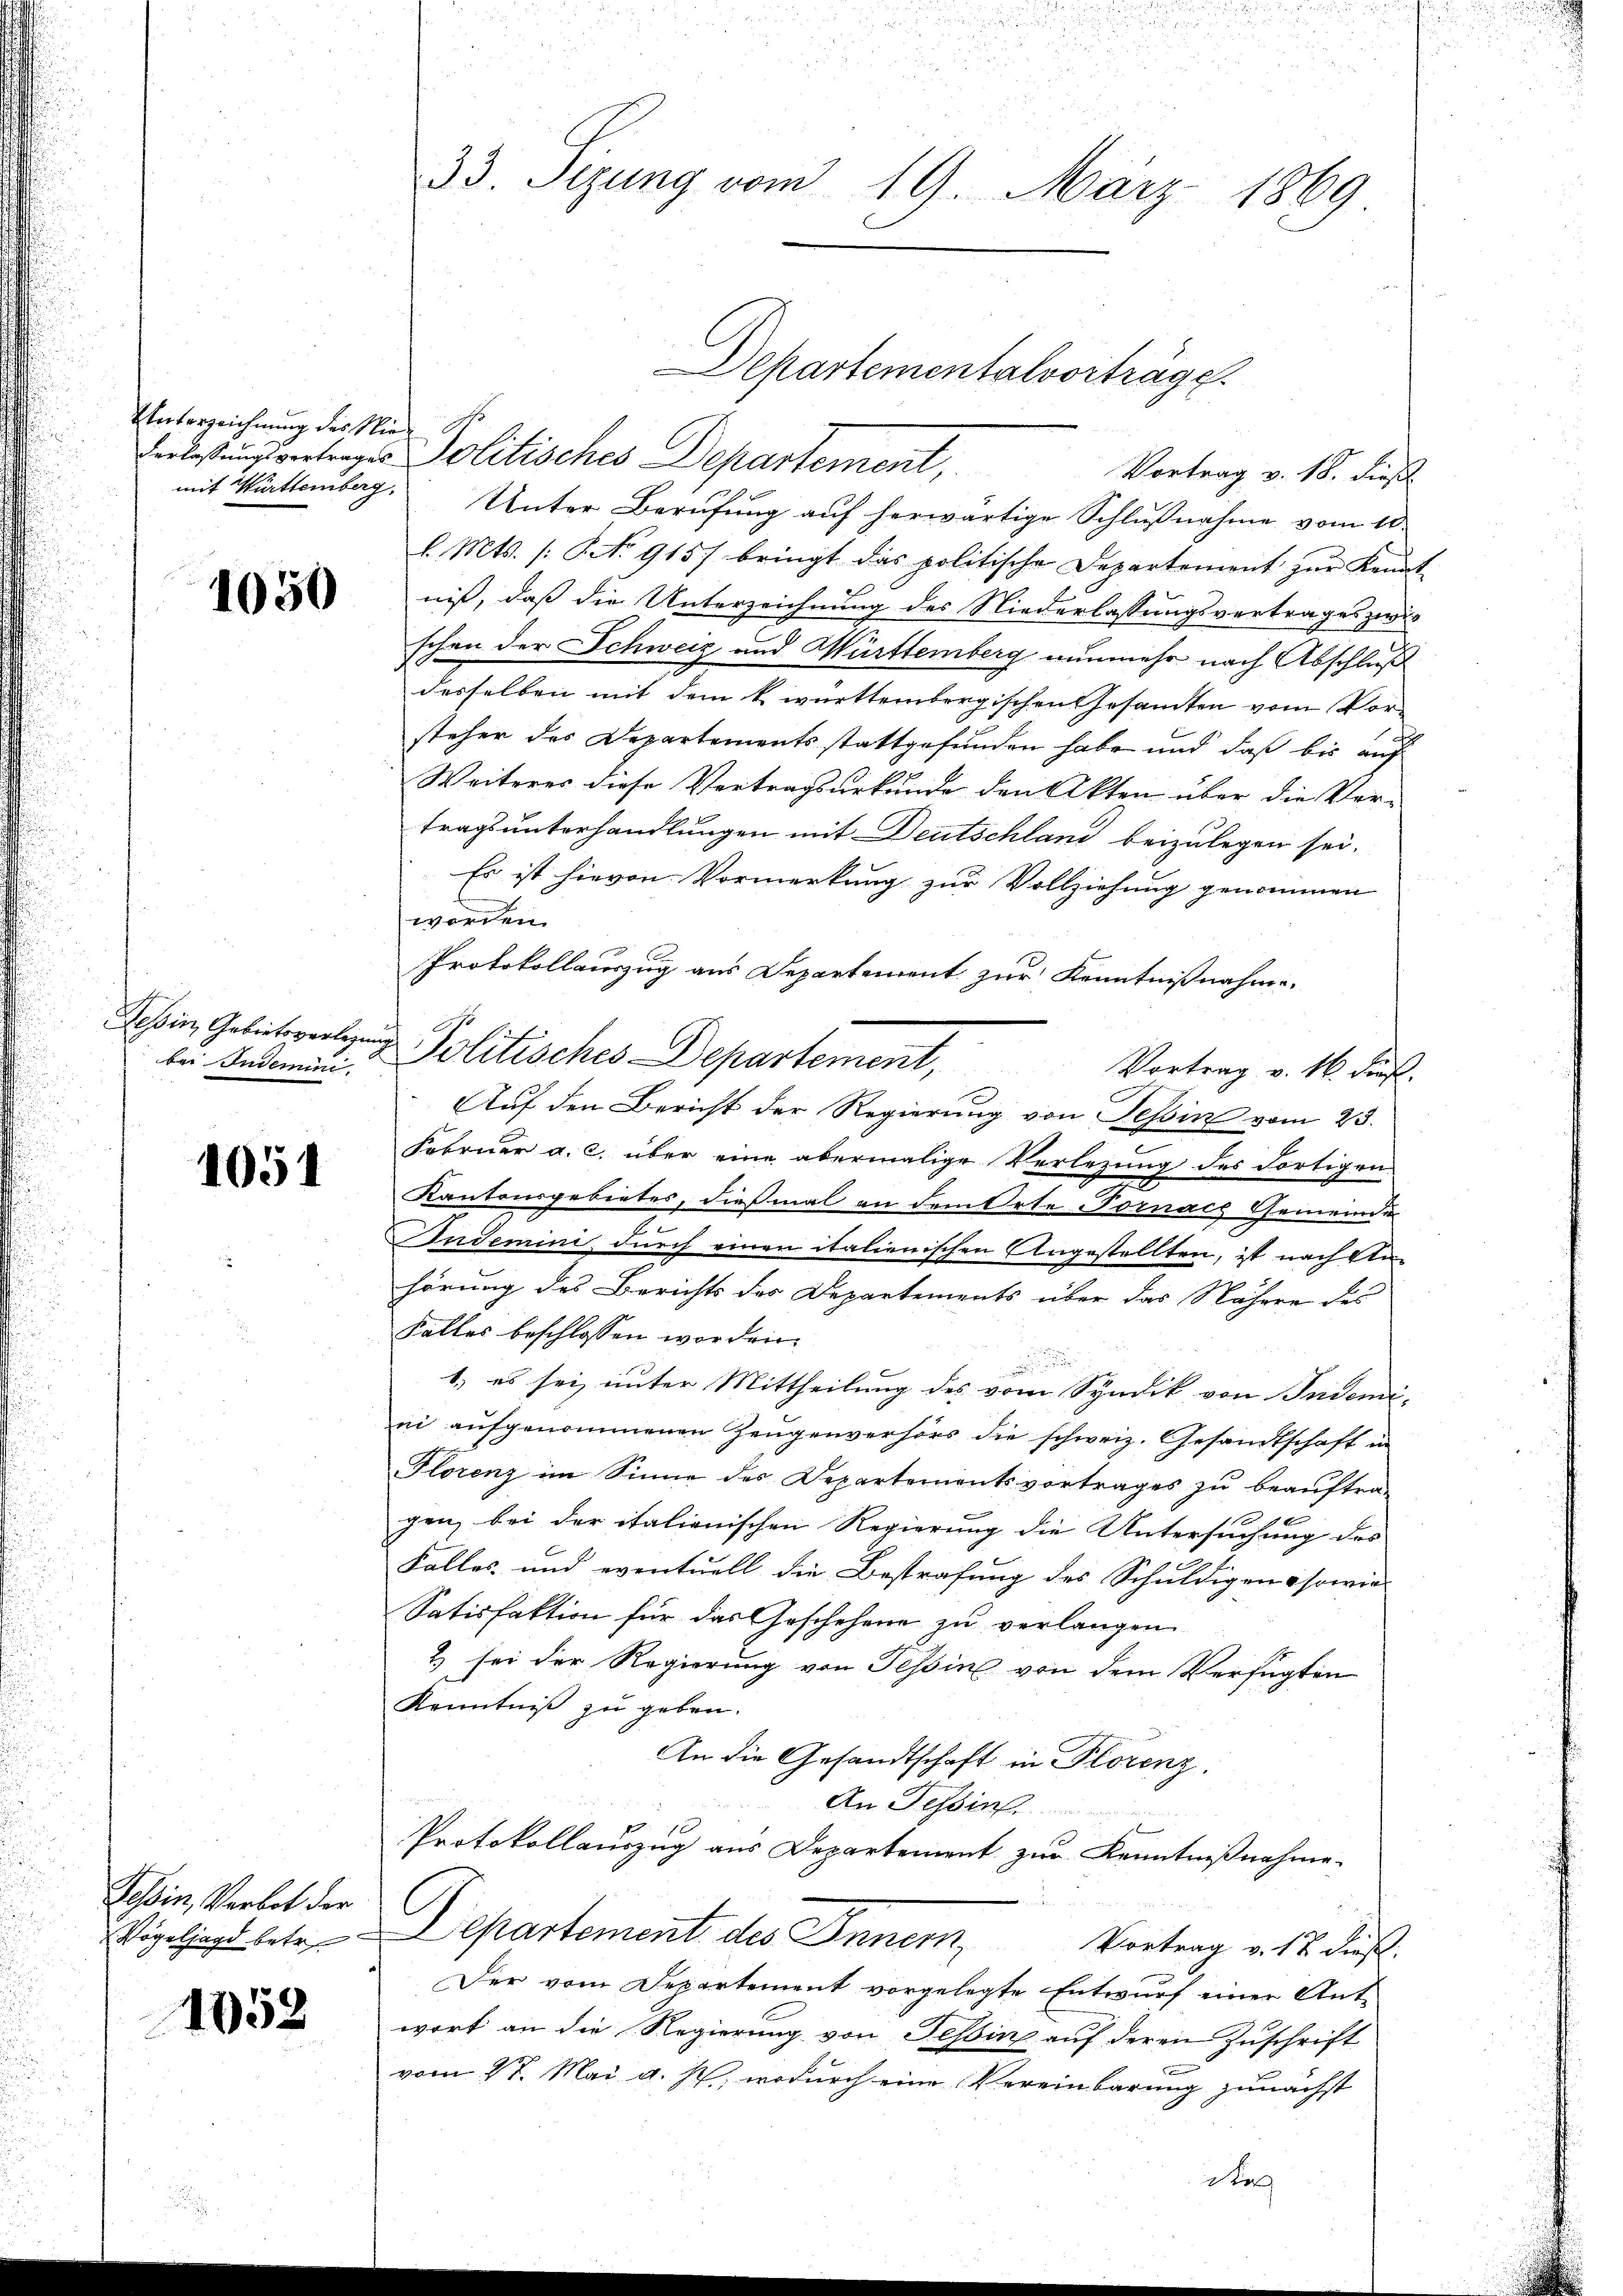
Unterzeichnung des Nie¬

1050

bei Indemini

1051

Tessin, Verbot der
Vögeljagd betr.

1052

33. Sezung vom 19. März 1869

Departementalvorträge.

Verlesungsvertrages Politisches Departement,
mit Württemberg. Unter Berufung auf herwärtige Schlußnahme vom 10.
l. Mts. /: No 9157 bringt das politische Departement zŭr Kennt
niß, daß die Unterzeichnung des Niederlassungsvertrages zwis
schen der Schweiz und Württemberg nunmehr nach Abschluß
desselben mit dem k. württembergischen Gesamten vom Vor¬
.
steher des Departementsstattgefunden habe und daß bis auf
Weiteres diese Vertragsurkunde den Akten über die Ver-
tragsunterhandlungen mit Deutschland beizulegen sei.
Es ist hievon Vormerkung zur Vollziehung genommen
worden.
Protokollauszug aus Departement zur Kenntnißnahme.
Vortrag v. 16. dieß.
Auf den Bericht der Regierung von Tessin vom 23.
Februar a. c. über eine abermalige Verlegung des Fortigen
Kantonsgebietes, dießmal an dem Orte Fornach Gemeinde
x
ndemini durch einen italienischen Angestellten, ist nach Unhörung des Berichts des Departements über das Nähere des
Falles beschlossen worden.
.

1.) es sei unter Mittheilung des vom Syndik von Indemi-
ei aufgenommenen Zeugenverhörs die schweiz. Gesandtschaft in
Florenz im Sinne des Departementsvortrages zu beauftra-
gen, bei der italienischen Regierung die Untersuchung des
Falles und eventuell die Bestrafung des Schuldigen sowie
Satisfaktion für das Geschehene zu verlangen
2 sei der Regierung von Tessin von dem Verfügten
Kenntniß zu geben.
An die Gesandtschaft in Florenz.
An Tessin.
Protokollauszug aus Departement zur Kenntnißnahme.
Departement des Inner,
Vortrag v. 17 dies
Der vom Departement vorgelegte Entwurf einer Ant-
wort an die Regierung von Tessin auf deren Zuschrift
c
vom 27. Mai d. M., wodurch eine Vereinbarung zunächst

Tessin, Gebiete Politisches Departement,

de

Vortrag v. 18. dieß